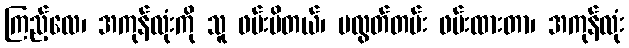
ကြည့်လေ၊ အကုန်လုံးကို သူ ဖမ်းမိတယ်၊ မလွတ်တမ်း ဖမ်းထားတာ၊ အကုန်လုံး